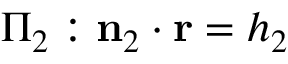
\Pi _ { 2 } : \mathbf { n } _ { 2 } \cdot \mathbf { r } = h _ { 2 }